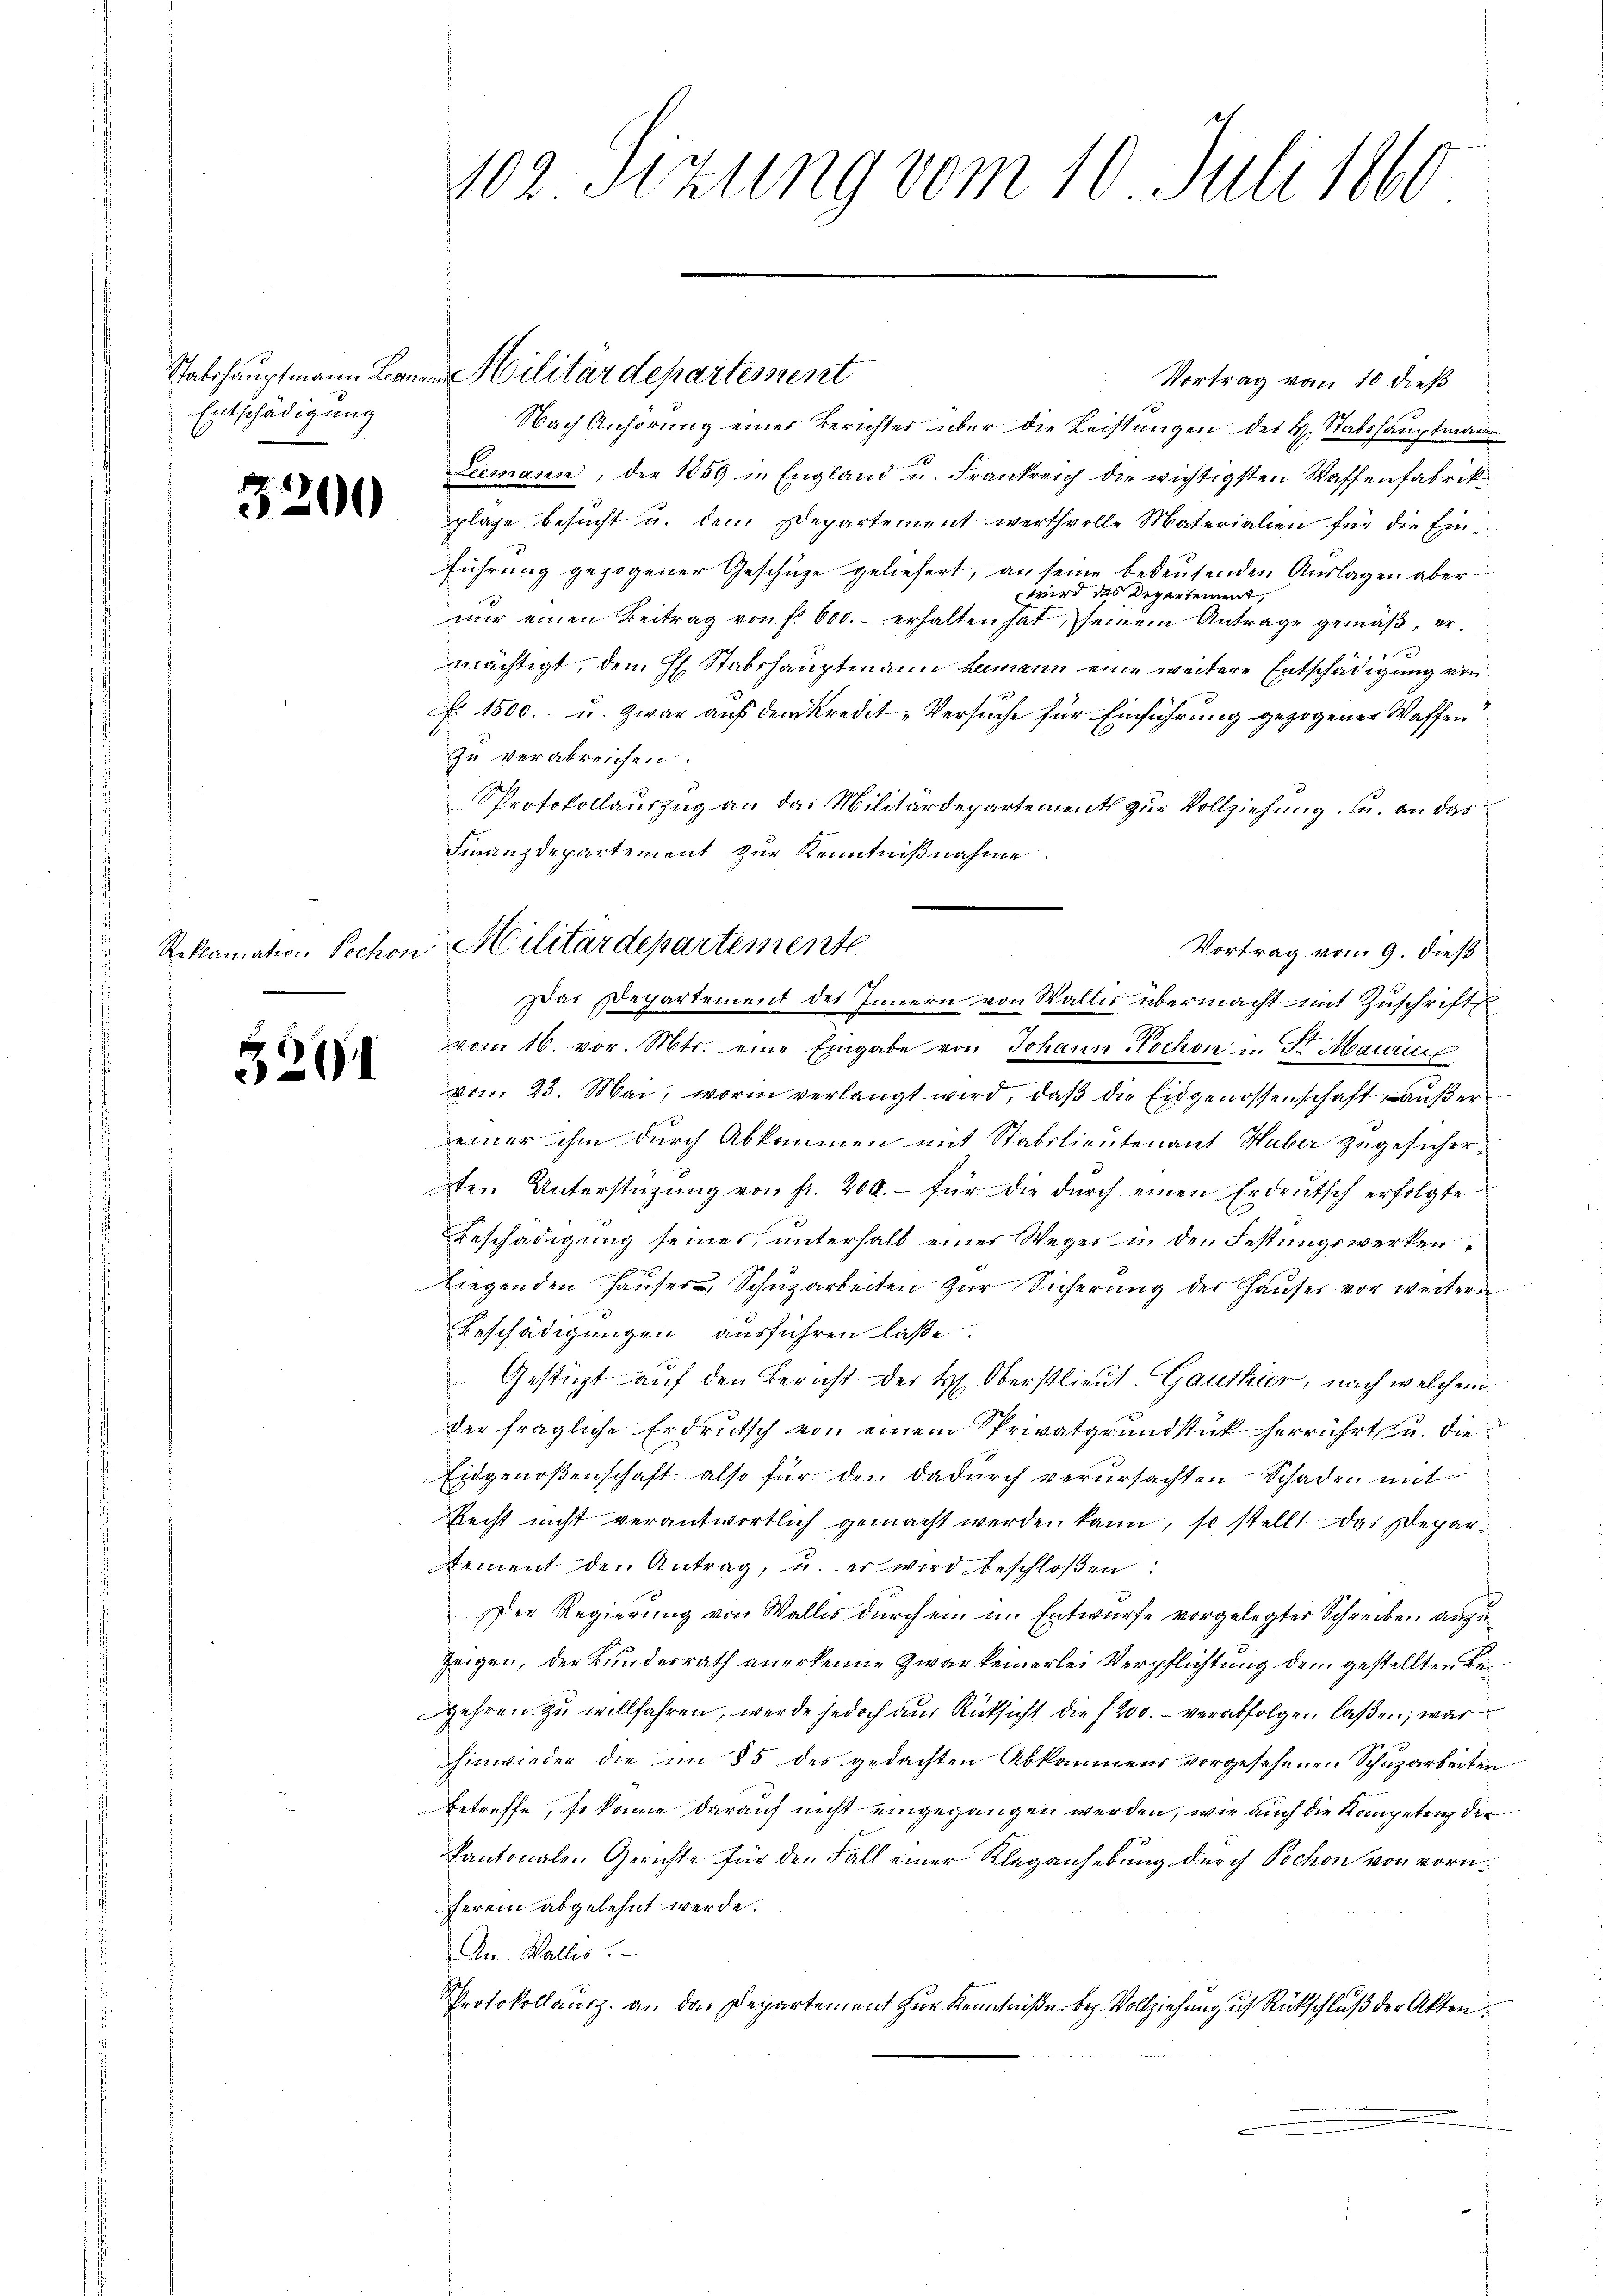
Stabshauptmann Leona.
Entschädigung

3

.

)

Reklamation Hochon

21.

102 Sizung vom 10. Juli 1860

Vertrag vom 10 dieß
Nach Anhörung einer Berichter über die Leistungen des H. Stabshauptmann
Leemann, der 1859 in England u. Frankreich die wichtigsten Waffenfabrikplage besucht u. dem Departement werthvolle Materialien für die Einführung gezogener Geschäze geliefert, an seine bedeutenden Auslagen aber
wird das Departement,
nur einen Beitrag von f. 600. erhalten hat, seinem Antrage gemäß, erx
mächtigt, dem H. Stabshauptmann Lemann eine weitere Entschädigung von
f 1500.- u. zwar auf dem Kredit-Versuche für Einführung gezogener Waffen
zu verabreichen.
Protokollauszug an das Militärdepartement zur Vollziehung, u. an das
Finanzdepartement zur Kenntnißnahme.
Vortrag vom 9. dieß
vom 16. vor. Mts. eine Eingabe von Johann Pochon u. Fr. Mairie
von 25. Mai, worin verlangt wird, daß die Eidgenossenschaft außer
einer ihm durch Abkommen mit Stabslieutenant Huber zugesicherten Unterstützung von fr. 200.- für die durch einen Erdeutsch erfolgte
Beschädigung seines, unterhalb einer Weger in den Festungswerken
liegenden Hauses Schuzarbeiten zur Sicherung der Hauses vor weitern
Beschädigungen ausführen laße.
Gestüzt auf den Bericht der H. Oberstlieut. Ganthier, nach welchem
der fragliche Erdrutsch von einem Privatgrundstück herrührt u. die
Eidgenoßenschaft also für den dadurch verursachten Schaden mit
Recht nicht verantwortlich gemacht werden kann, so stellt das Departement den Antrag, u. er wird beschloßen:
Der Regierung von Wallis durch ein im Entwurfe vorgelegter Schreiben auf de
Zeigen, der Bundesrath anerkenne zwar keinerlei Verpflichtung dem gestellten Begehren zu willfahren, werde jedoch aus Rücksicht die 200. verabfolgen laßen; war
hinwieder die im 85 des gedachten Abkommens vorgesehenen Schuzarbeiten
Betreffe, so könne darauf nicht eingegangen werden, wie auch die Kompetenz der
kantonalen Gerichte für den Fall einer Klaganhebung durch Pochon von vornherein abgelehnt werde.
An Walles.
Protokollausz an das Departement zur Kenntniße bez. Vollziehung ich Rückschluß der Akten

Militärdepartement

Militärdepartemente
Das Departement des Innern von Wallis übermacht mit Zuschrift